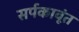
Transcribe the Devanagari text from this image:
सर्पकावूंत